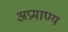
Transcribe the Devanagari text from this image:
अप्रमाण्‍य